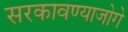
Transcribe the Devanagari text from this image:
सरकावण्याजोगे